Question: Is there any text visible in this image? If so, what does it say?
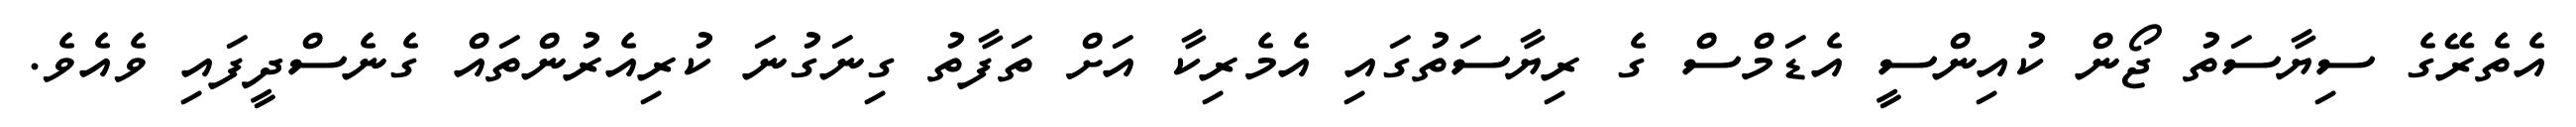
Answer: އެތެރޭގެ ސިޔާސަތު ޖޯން ކުއިންސީ އެޑަމްސް ގެ ރިޔާސަތުގައި އެމެރިކާ އަށް ތަފާތު ގިނަގުނަ ކުރިއެރުންތައް ގެނެސްދީފައި ވެއެވެ.